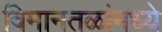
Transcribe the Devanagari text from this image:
विमानतळांमध्ये